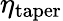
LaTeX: \eta_{\mathrm{taper}}